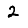
Digit: 2